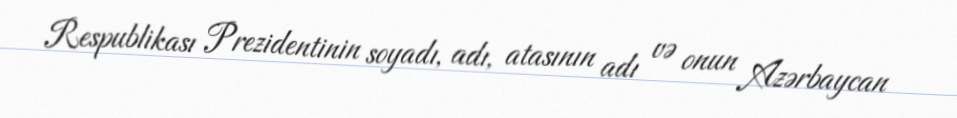
Respublikası Prezidentinin soyadı, adı, atasının adı və onun Azərbaycan